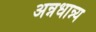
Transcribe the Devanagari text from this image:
अन्नधान्न्य